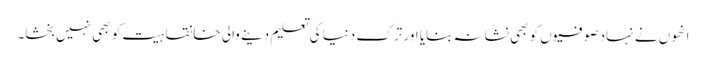
انھوں نے نہاد صوفیوں کو بھی نشانہ بنایا اور ترکِ دنیا کی تعلیم دینے والی خانقاہیت کو بھی نہیں بخشا۔